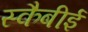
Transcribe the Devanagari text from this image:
स्कैबीई